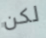
لكن